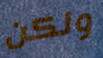
ولكن